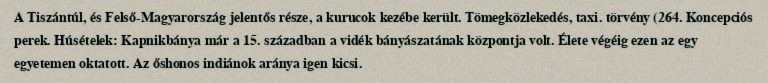
A Tiszántúl, és Felső-Magyarország jelentős része, a kurucok kezébe került. Tömegközlekedés, taxi. törvény (264. Koncepciós perek. Húsételek: Kapnikbánya már a 15. században a vidék bányászatának központja volt. Élete végéig ezen az egy egyetemen oktatott. Az őshonos indiánok aránya igen kicsi.